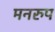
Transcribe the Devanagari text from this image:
मनरुप